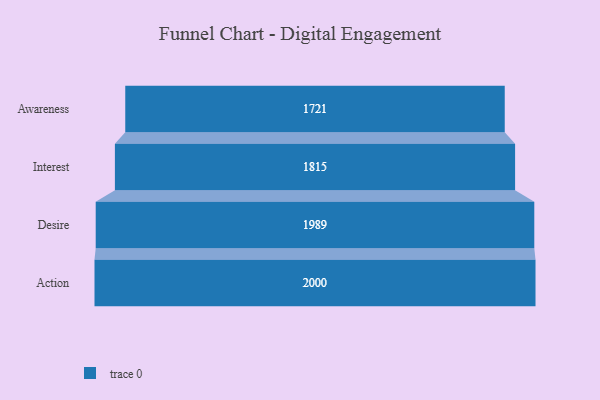
{"axis": {"x": "Stage", "y": "Value"}, "legend": [""], "data": [{"x": "Awareness", "y": 1721.0, "type": ""}, {"x": "Interest", "y": 1815.0, "type": ""}, {"x": "Desire", "y": 1989.0, "type": ""}, {"x": "Action", "y": 2000, "type": ""}]}